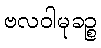
ဗလဝါမုခဉ္စ